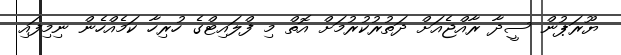
ޔޫރަޕުން ސީދާ ރާއްޖެއަށް ދަތުރުކުރުމަށް އޮތް މި ފްލައިޓްގެ ހުރިހާ ކަމެއްހެން ނިމިފައި